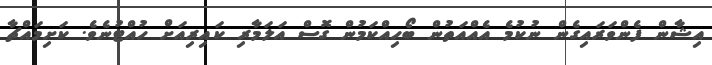
އިޝާން ފެންވަރައިގެން ނުކުމެ އެއްއަތުން ބޯހިއްކަމުން ގޮސް އަލަމާރި ކައިރިއަށް ހުއްޓުނެވެ. ކަށިމައްޗާ